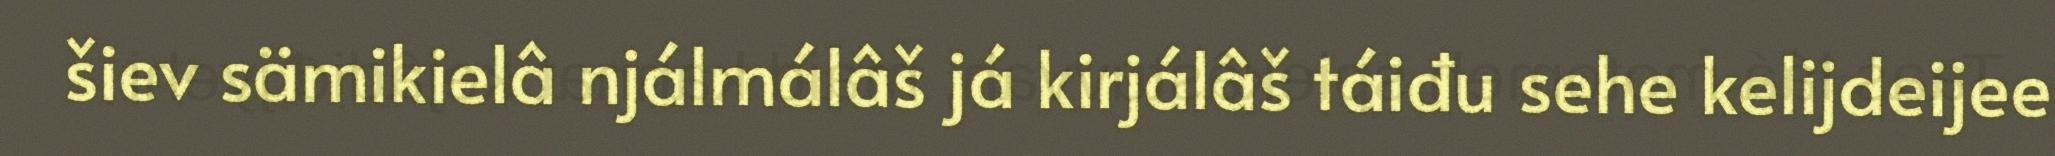
šiev sämikielâ njálmálâš já kirjálâš táiđu sehe kelijdeijee